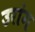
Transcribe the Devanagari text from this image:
उरांग